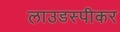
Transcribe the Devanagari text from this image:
लाउडस्‍पीकर